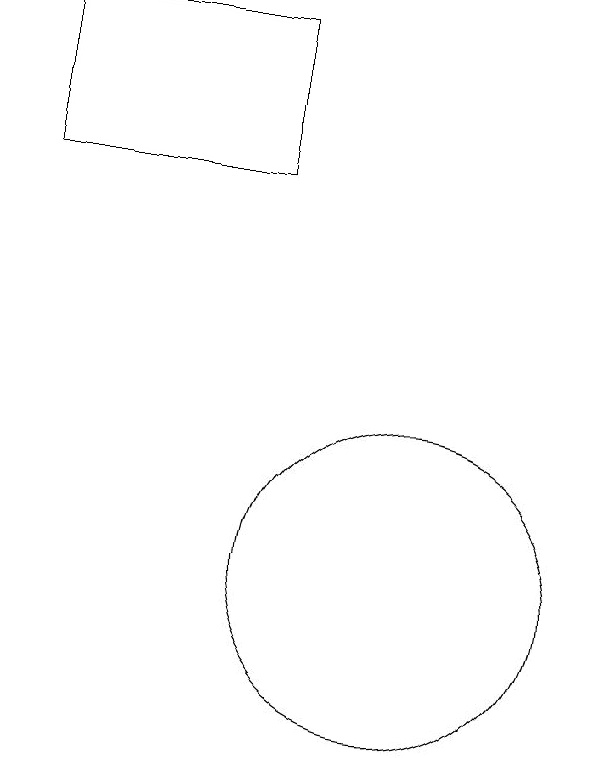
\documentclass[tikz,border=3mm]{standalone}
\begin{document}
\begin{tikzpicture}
\draw (11,11) circle (2);
\draw (10,10) circle (0);
\draw (9,16) rectangle (6,18);
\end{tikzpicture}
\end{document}